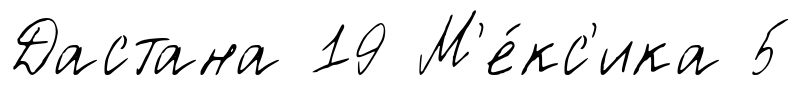
Дастана 19 М'е́кс'ика 5